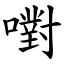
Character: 嚉